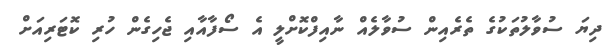
ދިޔަ ސުވާލުތަކުގެ ތެރެއިން ސުވާލެއް ނާއިފްކޮށްލީ އެ ސޯފާއާއި ޖެހިގެން ހުރި ކޮޓަރިއަށް